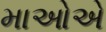
માઓએ